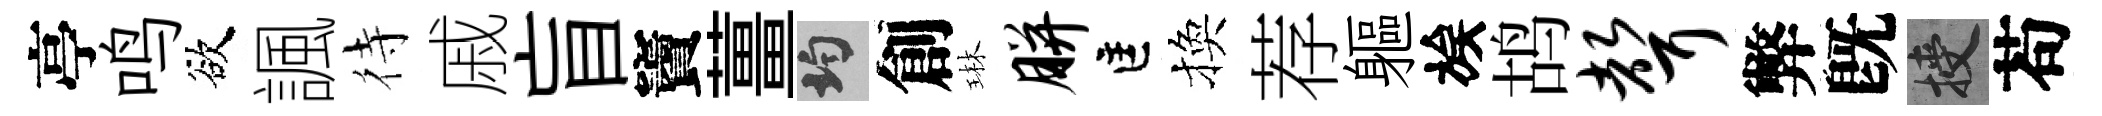
亭鸣欲諷待戚盲竇薑均創琳胼匡換荐軀族鸪声弊旣授苟